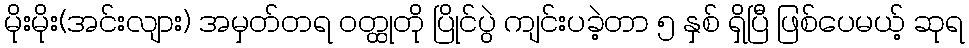
မိုးမိုး(အင်းလျား) အမှတ်တရ ဝတ္ထုတို ပြိုင်ပွဲ ကျင်းပခဲ့တာ ၅ နှစ် ရှိပြီ ဖြစ်ပေမယ့် ဆုရ